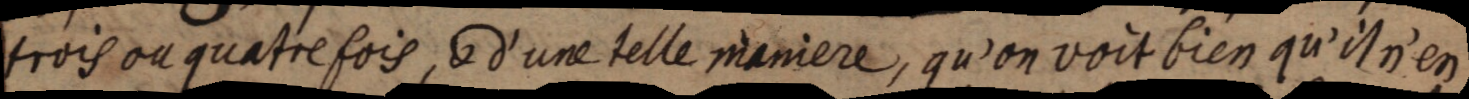
trois ou quatre fois, & d’une telle maniere, qu’on voit bien qu’il n’en